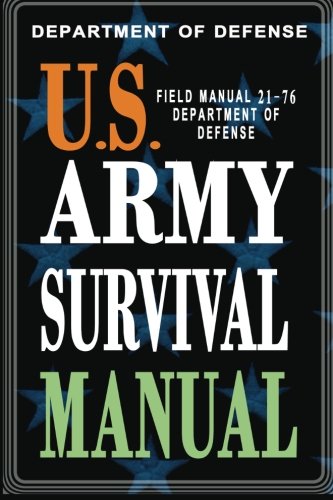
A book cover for U.S. Army Survival Manual: FM 21-76; Department of Defense; Reference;